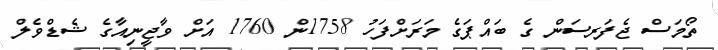
ތޯމަސް ޖެފަރސަން ގެ ބައްޕަގެ މަރަށްފަހު 1758ން 1760 އަށް ވާޖީނިއާގެ ޝެޑްވެލް